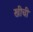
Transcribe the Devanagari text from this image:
खीचीं